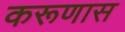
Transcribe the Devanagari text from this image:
करूणास